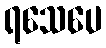
ရသေပေ